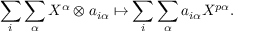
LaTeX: \sum _ { i } \sum _ { \alpha } X ^ { \alpha } \otimes a _ { i \alpha } \mapsto \sum _ { i } \sum _ { \alpha } a _ { i \alpha } X ^ { p \alpha } .